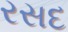
રસદ